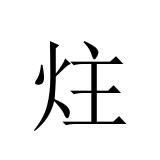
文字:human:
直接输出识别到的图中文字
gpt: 炷